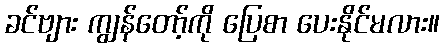
ခင်ဗျား ကျွန်တော့်ကို ပြေစာ ပေးနိုင်မလား။